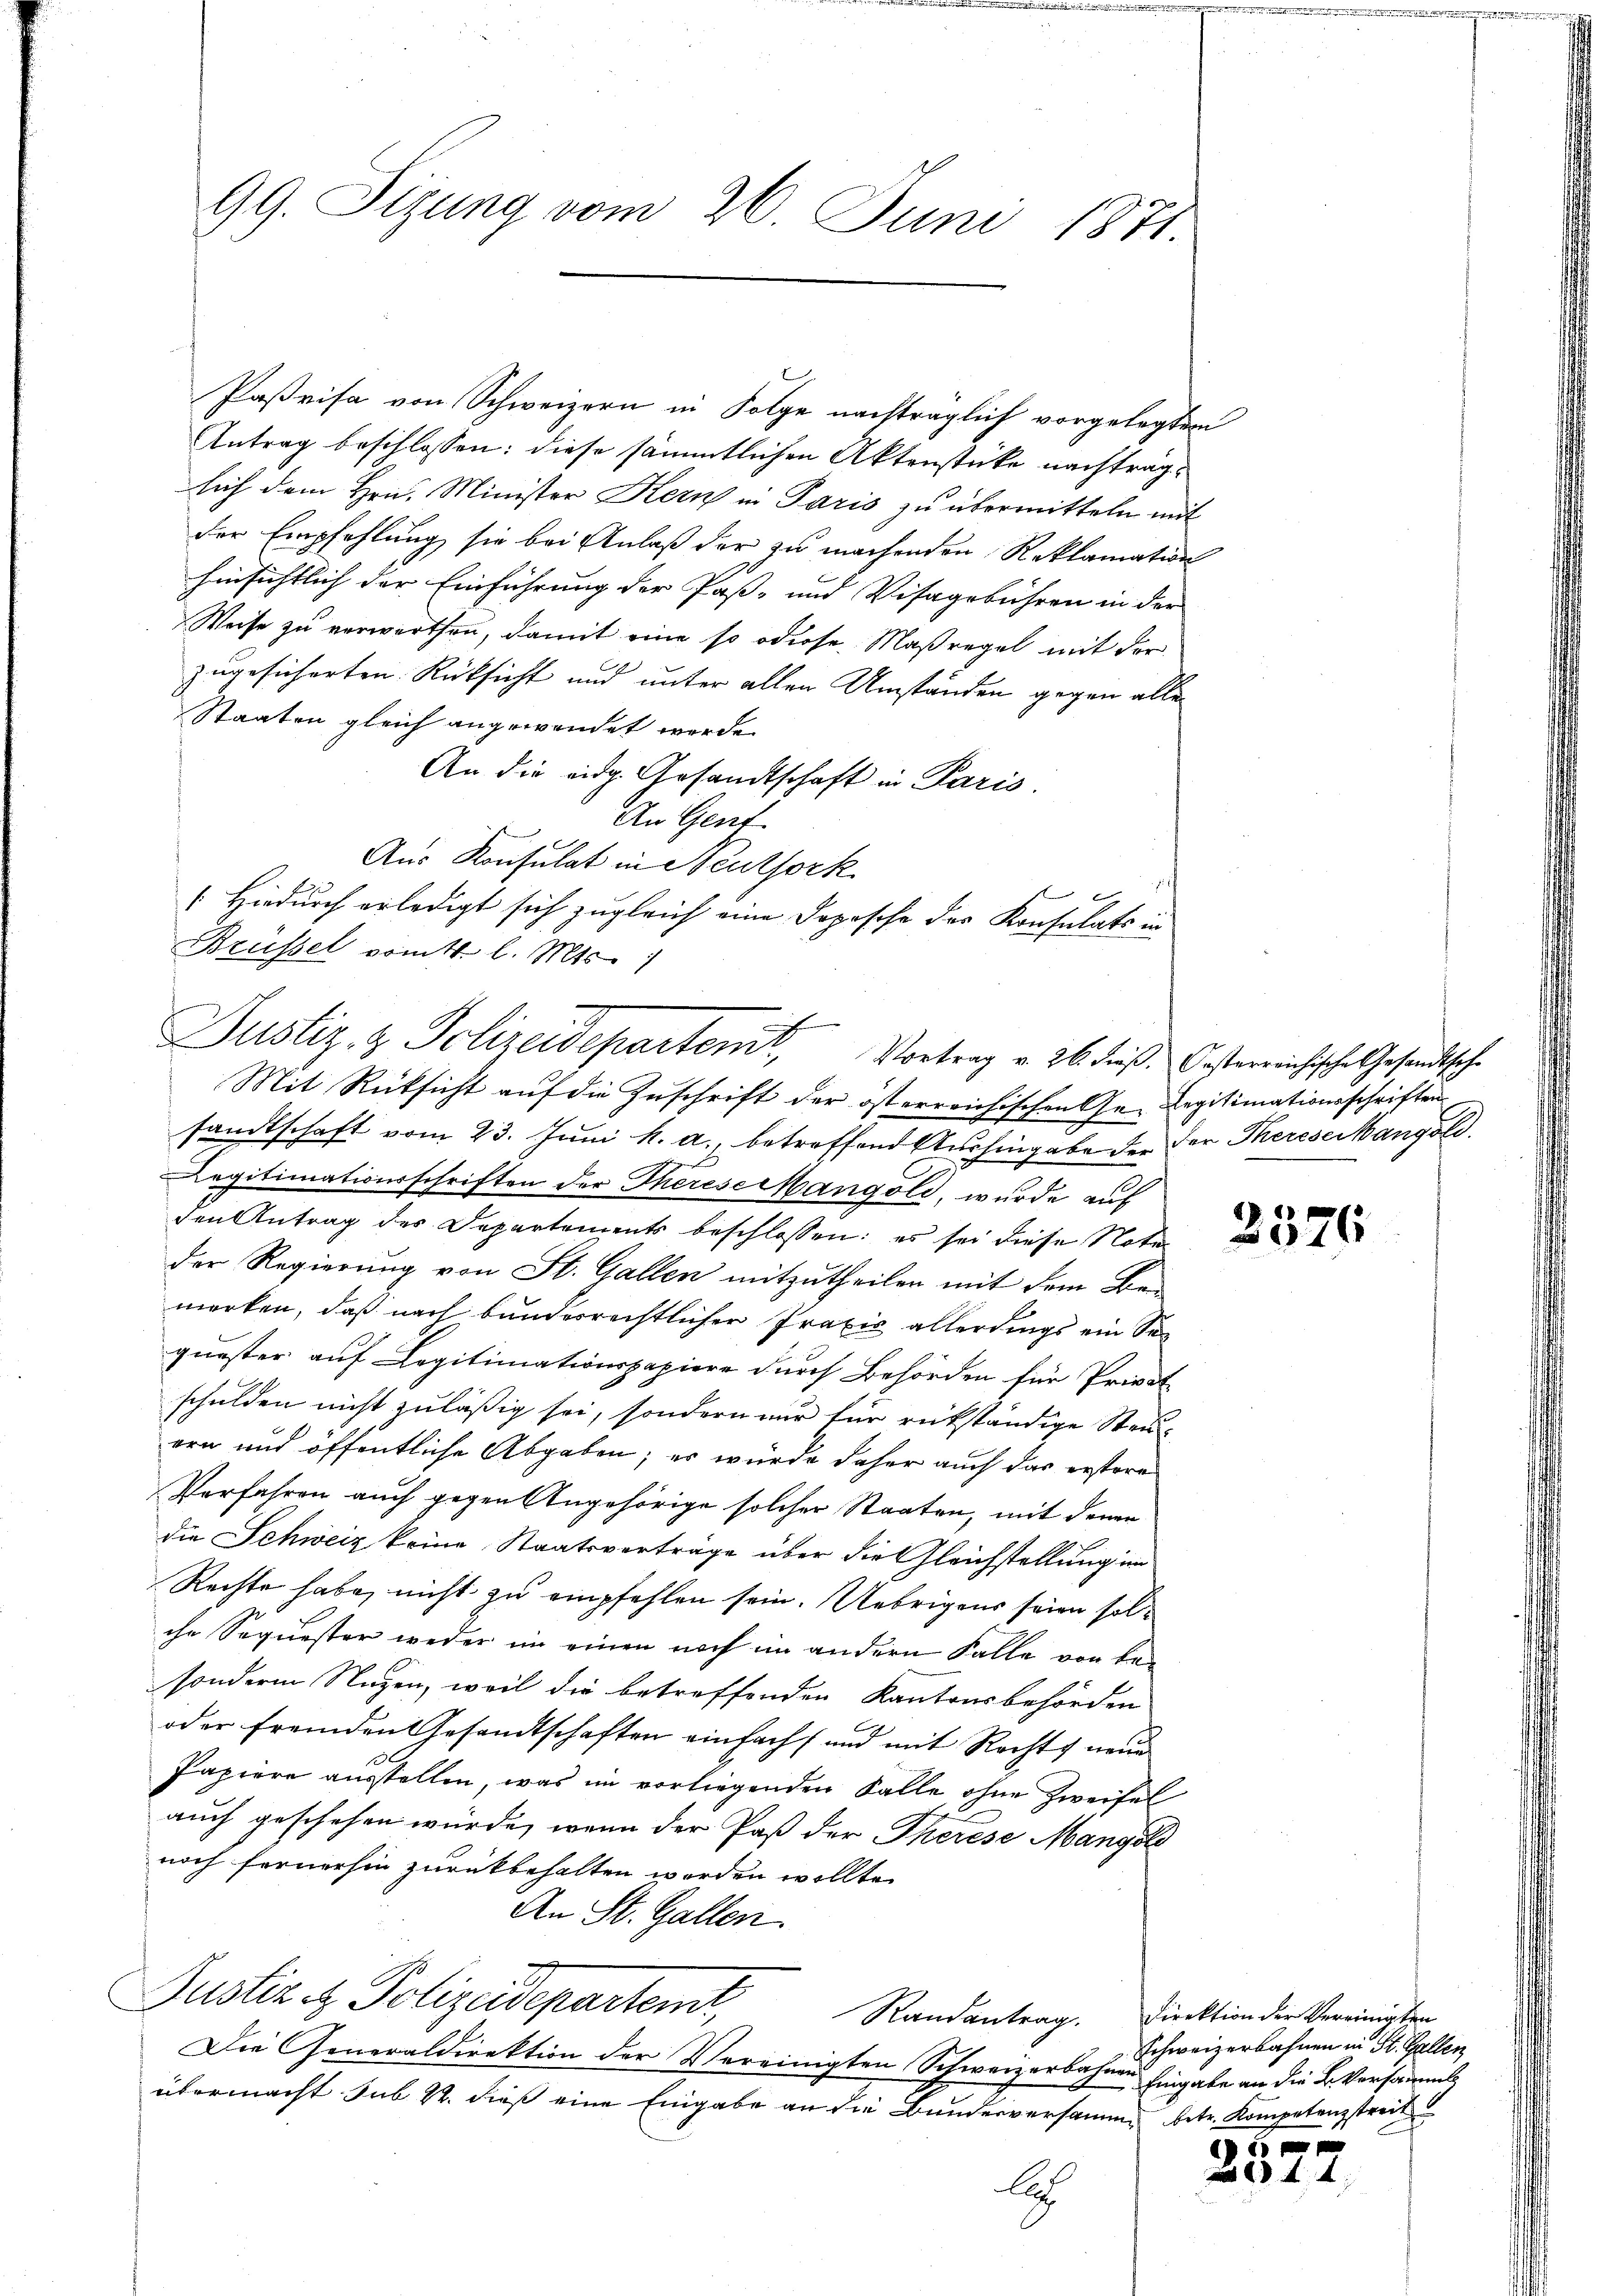
Paßrisa von Schweizern in Folge nachträglich vorgelegten
Antrag beschlossen: diese sämmtlichen Aktenstücke nachtraglich dem Hrn. Minister Kern in Paris zu übermitteln mit
der Empfehlung sie bei Anlaß der zu machenden Reklamation
hinsichtlich der Einführung der Paß- und Visagebühren in der
Weise zu verwarten, damit eine so odiese Maßregel mit der
zugesicherten Rücksicht und unter allen Umständen gegen alle
Staaten gleich angewendet werde.
An die eidg. Gesandtschaft in Paris.
An Genf.
Aus Konsulat in Neuthork
sandtschaft vom 23. Juni h. a., betreffend Aushingabe der der Thereserkangold.
Legitimationsschriften der Therese Mangold, wurde auf
den Antrag des Departements beschlossen: es sei diese Note
der Regierung von St. Gallen mitzutheilen mit dem Be-
merken, daß nach bunderrechtlicher Praxis allerdings ein Sequester auf Legitimationspapiere durch Behörden für Privat-
schulden nicht zuläßig sei, sondern nur für rükständige Steuern und öffentliche Abgaben; es würde daher auch das erstore
Verfahren auch gegen Angehörige solcher Staaten, mit denen
die Schweiz keine Staatsverträge über die Gleichstellung im
Rechte habe, nicht zu empfehlen sein. Uebrigens seien solchr Sequester weder im einen noch im andern Falle von besondern Nuzen, weil die betreffenden Kantonsbehörden
oder fremden Gesandtschaften einfacht und mit Rechts neue
Papiere ausstellen, was im vorliegenden Falle ohne Zweifel
auch geschehen würde, wenn der Paß der Therese Mangold
noch fernerhin zurückbehalten worden wollte.
An St. Gallen.
Justiz & Polizeidepartemt,
Randantrag. Direktion der Vereinigten
Die Generaldirektion der Vereinigten Schweizerbahnen Eingabe an die Br. Versamml
übermacht sub 22. dieß eine Eingabe an die Bunderversamme betr. Kompetenzstreit
A

99. Sizung vom 26. Juni 1871

Hiedurch erledigt sich zugleich eine Depesche des Konsulats in
Brüssel vomtt. l. Mts.
b
Justiz- & Polizeidepartem,
Mit Rücksicht auf die Zuschrift der österreichischen Ge- Legitimationsschriften

Vortrag v. 26. dieβ. Oesterreichische Gesandtsche

1

2576

Schweizerbahnen in St. Gallen